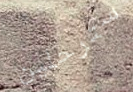
سترحلين